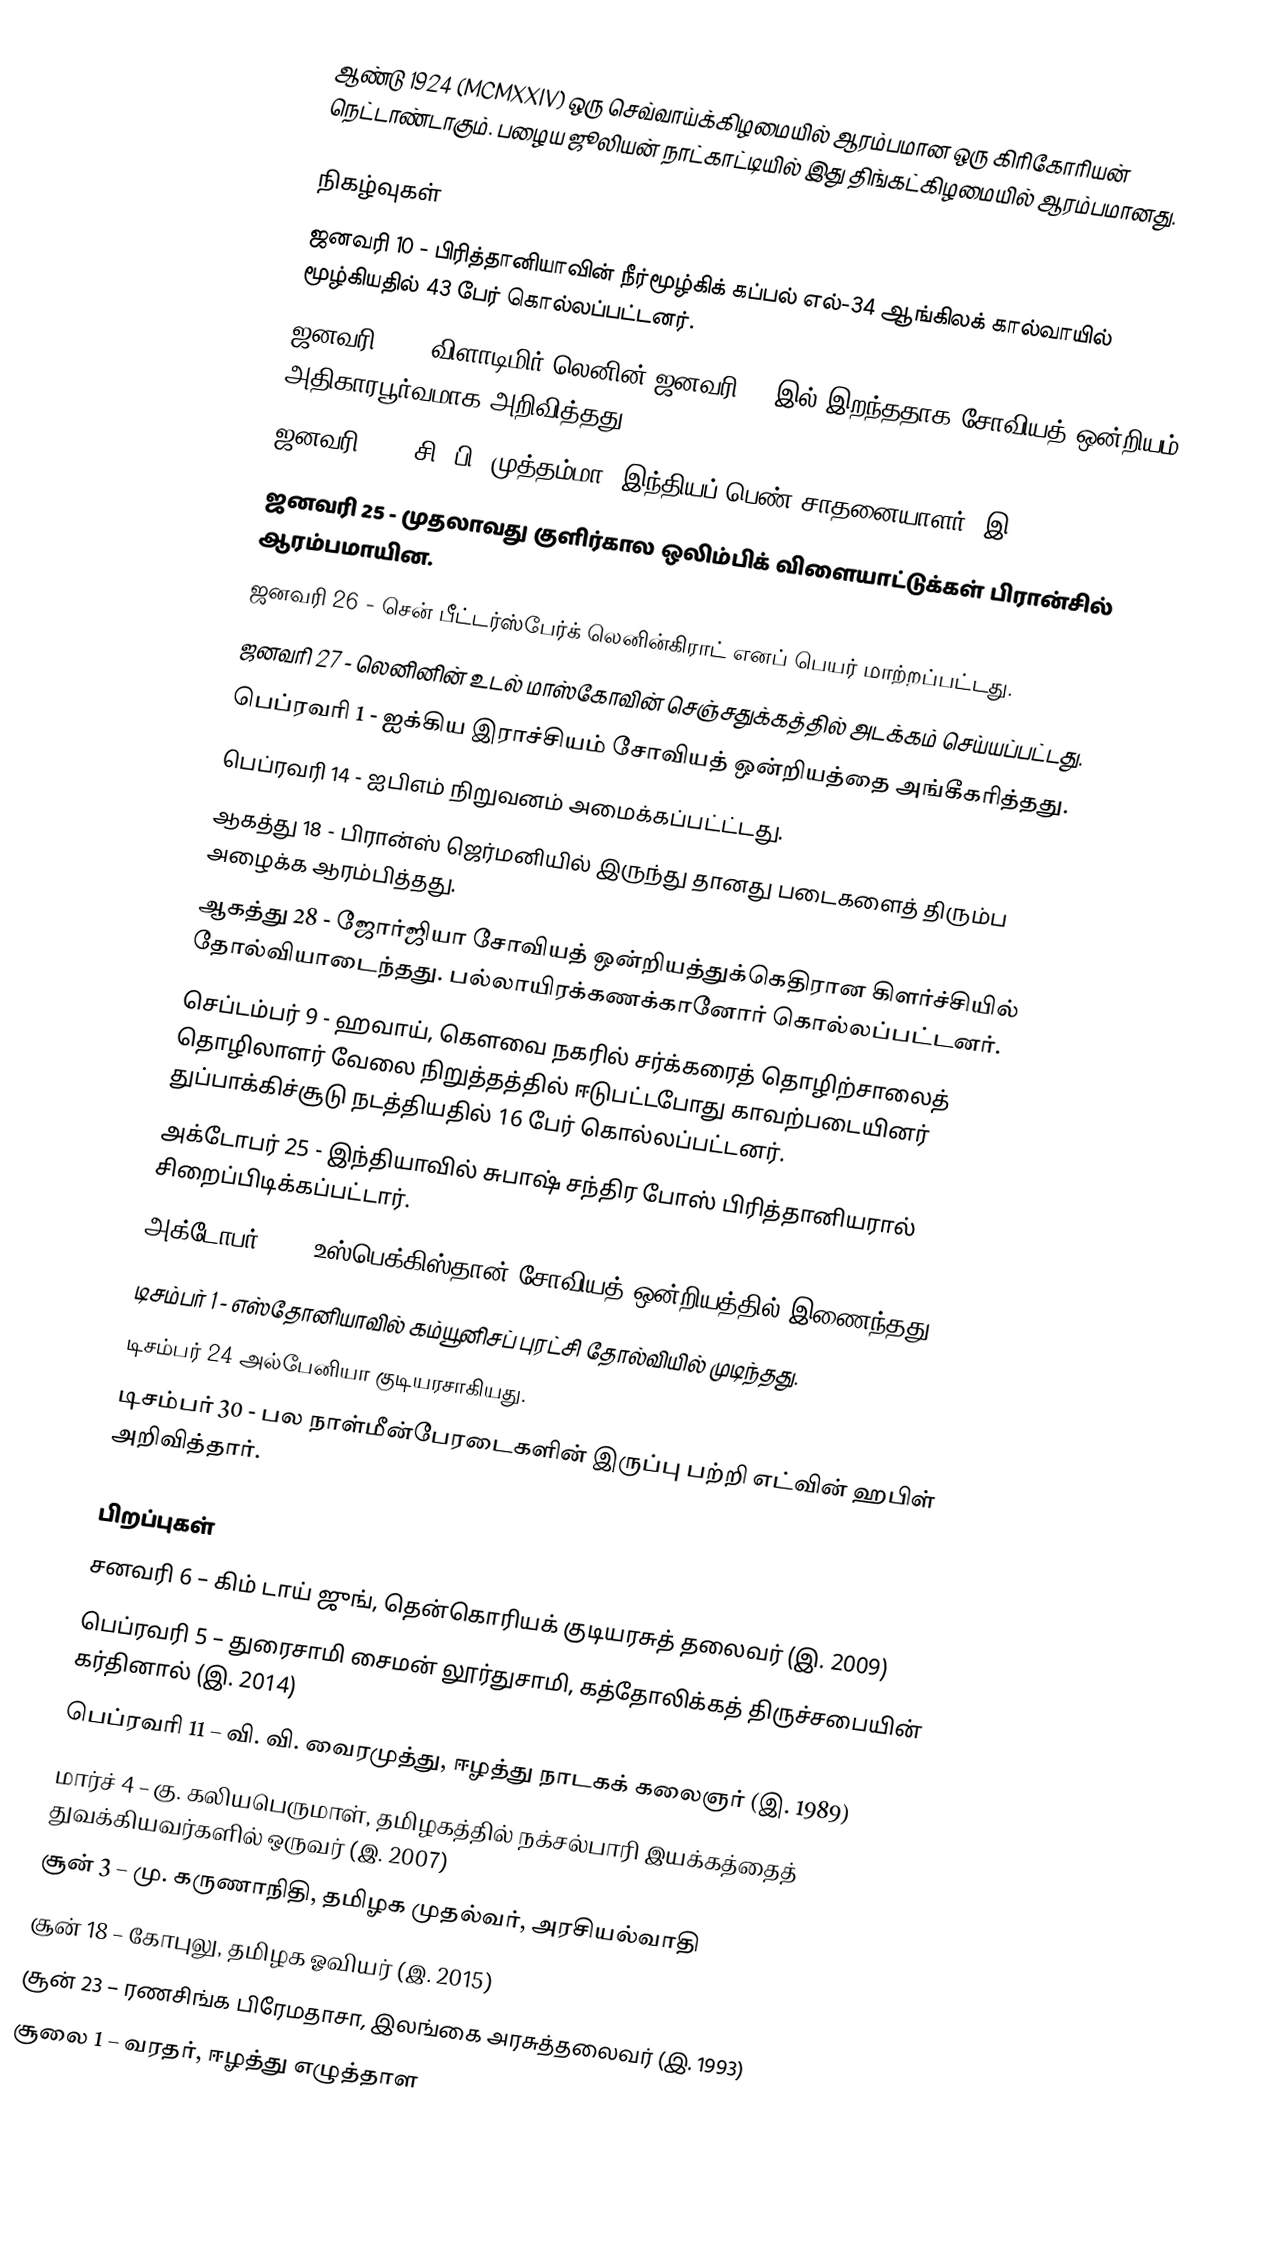
ஆண்டு 1924 (MCMXXIV) ஒரு செவ்வாய்க்கிழமையில் ஆரம்பமான ஒரு கிரிகோரியன் நெட்டாண்டாகும். பழைய ஜூலியன் நாட்காட்டியில் இது திங்கட்கிழமையில் ஆரம்பமானது.

நிகழ்வுகள்
 ஜனவரி 10 - பிரித்தானியாவின் நீர்மூழ்கிக் கப்பல் எல்-34 ஆங்கிலக் கால்வாயில் மூழ்கியதில் 43 பேர் கொல்லப்பட்டனர்.
 ஜனவரி 23 - விளாடிமிர் லெனின் ஜனவரி 21 இல் இறந்ததாக சோவியத் ஒன்றியம் அதிகாரபூர்வமாக அறிவித்தது.
 ஜனவரி 24 - சி. பி. முத்தம்மா, இந்தியப் பெண் சாதனையாளர் (இ. 2009)
 ஜனவரி 25 - முதலாவது குளிர்கால ஒலிம்பிக் விளையாட்டுக்கள் பிரான்சில் ஆரம்பமாயின.
 ஜனவரி 26 - சென் பீட்டர்ஸ்பேர்க் லெனின்கிராட் எனப் பெயர் மாற்றப்பட்டது.
 ஜனவரி 27 - லெனினின் உடல் மாஸ்கோவின் செஞ்சதுக்கத்தில் அடக்கம் செய்யப்பட்டது.
 பெப்ரவரி 1 - ஐக்கிய இராச்சியம் சோவியத் ஒன்றியத்தை அங்கீகரித்தது.
 பெப்ரவரி 14 - ஐபிஎம் நிறுவனம் அமைக்கப்பட்ட்டது.
 ஆகத்து 18 - பிரான்ஸ் ஜெர்மனியில் இருந்து தானது படைகளைத் திரும்ப அழைக்க ஆரம்பித்தது.
 ஆகத்து 28 - ஜோர்ஜியா சோவியத் ஒன்றியத்துக்கெதிரான கிளர்ச்சியில் தோல்வியாடைந்தது. பல்லாயிரக்கணக்கானோர் கொல்லப்பட்டனர்.
 செப்டம்பர் 9 - ஹவாய், கௌவை நகரில் சர்க்கரைத் தொழிற்சாலைத் தொழிலாளர் வேலை நிறுத்தத்தில் ஈடுபட்டபோது காவற்படையினர் துப்பாக்கிச்சூடு நடத்தியதில் 16 பேர் கொல்லப்பட்டனர்.
 அக்டோபர் 25 - இந்தியாவில் சுபாஷ் சந்திர போஸ் பிரித்தானியரால் சிறைப்பிடிக்கப்பட்டார்.
 அக்டோபர் 27 - உஸ்பெக்கிஸ்தான் சோவியத் ஒன்றியத்தில் இணைந்தது.
 டிசம்பர் 1 - எஸ்தோனியாவில் கம்யூனிசப் புரட்சி தோல்வியில் முடிந்தது.
 டிசம்பர் 24 அல்பேனியா குடியரசாகியது.
 டிசம்பர் 30 - பல நாள்மீன்பேரடைகளின் இருப்பு பற்றி எட்வின் ஹபிள் அறிவித்தார்.

பிறப்புகள்
 சனவரி 6 – கிம் டாய் ஜுங், தென்கொரியக் குடியரசுத் தலைவர் (இ. 2009)
 பெப்ரவரி 5 – துரைசாமி சைமன் லூர்துசாமி, கத்தோலிக்கத் திருச்சபையின் கர்தினால் (இ. 2014)
 பெப்ரவரி 11 – வி. வி. வைரமுத்து, ஈழத்து நாடகக் கலைஞர் (இ. 1989)
 மார்ச் 4 – கு. கலியபெருமாள், தமிழகத்தில் நக்சல்பாரி இயக்கத்தைத் துவக்கியவர்களில் ஒருவர் (இ. 2007)
 சூன் 3 – மு. கருணாநிதி, தமிழக முதல்வர், அரசியல்வாதி
 சூன் 18 – கோபுலு, தமிழக ஓவியர் (இ. 2015)
 சூன் 23 – ரணசிங்க பிரேமதாசா, இலங்கை அரசுத்தலைவர் (இ. 1993)
 சூலை 1 – வரதர், ஈழத்து எழுத்தாள